Vital statistics of India. Vol. IV, Annual returns from 1871 to 1876. British Army of India, Native Army and jails of Bengal
Year: 1871
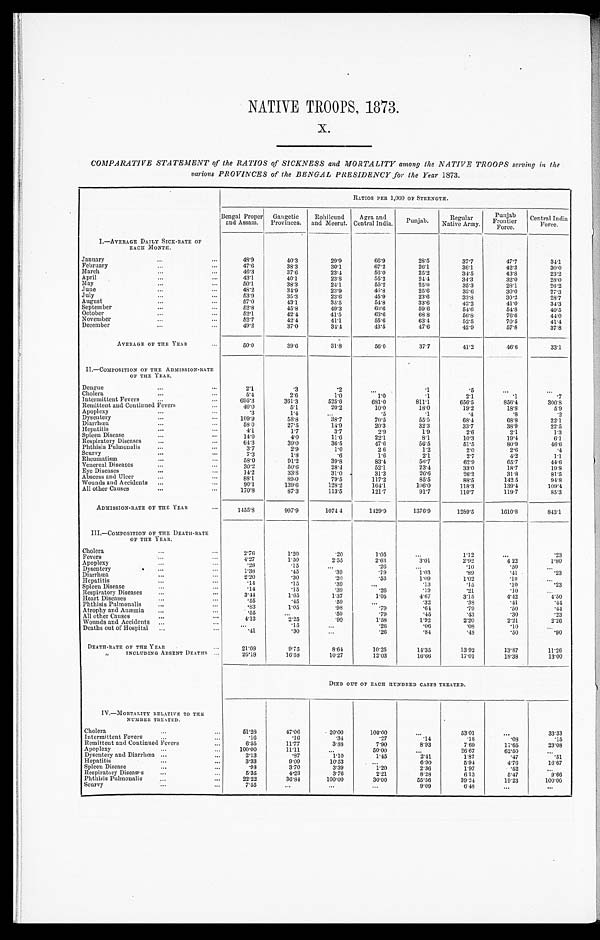
NATIVE TROOPS, 1873.
X.
COMPARATIVE STATEMENT of the RATIOS of SICKNESS and MORTALITY among the NATIVE TROOPS serving in the
various PROVINCES of the BENGAL PRESIDENCY for the Year 1873.
RATIOS PER 1,000 OF STRENGTH.
Bengal Proper
and Assam.
Gangetic
Provinces.
Rohilcund
and Meerut.
Agra and
Central India.
Punjab.
Regular
Native Army.
Punjab
Frontier Force.
Central India
Force.
I.— AVERAGE DAILY SICK-RATE OF
EACH MONTH.
January . . .
48.9
40.3
29.9
66.9
28.5
37.7
47.7
34.1
February . . .
47.6
38.3
30.1
67.2
26.1
36.1
42.3
30.0
March . . .
46.3
37.6
23.4
56.0
25.2
34.5
43.8
23.2
April . . .
43.1
40.1
23. 8
55.2
24.4
34.3
32.0
28.0
May . . .
50.1
38.3
24.1
55.2
25. 0
35.3
28.1
26.2
June . . .
48.2
34.9
23.9
46.8
25.6
33.6
30.0
27.3
July . . .
53.9
35. 3
23.6
45.9
23.6
33.8
30.2
2 8 . 7
August . . .
57.0
43.1
35.5
54.8
33.6
42.2
41.0
34.3
September . . .
52.8
45.8
49.3
60.6
59.6
54.6
54.8
40.5
October . . .
52.1
42.4
41.5
63.6
68.8
56.8
76.6
4 4 . 0
November . . .
52.7
42.4
41.1
55.6
63.4
52.5
70.5
41.4
December . . .
49.2
37.0
34. 4
43.5
47.6
42.9
57.8
37.8
AVERAGE OF THE YEAR . . .
50.0
39.6
31.8
56.0
37.7
41.2
46.6
33.1
II.—COMPOSITION OF THE ADMISSION-RATE
OF THE YEAR.
Dengue . . .
2.1
.3
.2
. . .
.1
.5
. . .
. . .
Cholera . . .
5.4
2.6
1 . 0
1.0
.1
2.1
.1
. 7
Intermittent Fevers . . .
695.3
361.3
525.6
681.0
811.1
656.5
856.4
3 0 0 . 8
Remittent and Continued Fevers . . .
40.0
5.1
20.2
10.0
18.0
19.2
18.8
5 . 9
Apoplexy . . .
.3
1.4
. . .
.5
.1
.4
.8
.2
Dysentery . . .
109.9
58.8
38. 7
70.5
55.5
68.4
68.8
22.1
Diarrhœa . . .
58.0
27.5
14.9
20.3
32.3
33.7
38. 9
22.5
Hepatitis . . .
4.1
1.7
3.7
2.9
1.9
2.6
2.1
1.3
Spleen Disease . . .
14.0
4.0
11.6
22.1
8.1
10.3
19.4
6.1
Respiratory Diseases. . . .
6 4 . 3
39.0
36.5
47.6
56.5
51.5
80.9
4 6 . 6
Phthisis Pulmonalis . . .
3.7
2.9
1.0
2.6
1.2
2.0
2.6
.4
Scurvy . . .
7.3
1 . 8
.6
1.6
2.1
2.7
4.2
1.1
Rheumatism . . .
58.0
91.2
39.8
83.4
56.7
62.9
65.7
44.6
Venereal Diseases . . .
30.2
50.6
28.4
52.1
23.4
33.0
18.7
19.8
Eye Diseases . . .
14.2
33. 8
31.0
31.3
26.6
26.2
31.8
81.5
Abscess and Ulcer . . .
88.1
89.0
79.5
117.2
85.5
88.5
142.5
9 4 . 8
Wounds and Accidents . . .
90.1
139.6
128.2
164.1
106.0
118.3
139.4
109.4
All other Causes . . .
170.8
87.3
113.5
121.7
91.7
110.7
119.7
85.3
ADMISSION-RATE OF THE YEAR . . .
1455.8
997.9
1074.4
1429.9
1376.9
1289.5
1610.8
843.1
III.—COMPOSITION OF THE DEATH-RATE
OF THE YEAR.
Cholera . . .
2.76
1.20
.20
1.05
. . .
1.12
. . .
.23
Fevers . . .
4.27
1.50
2.55
2.63
3.01
2.92
4 . 2 2
1.80
Apoplexy . . .
.28
. 1 5
. . .
.26
. . .
.10
.50
. . .
Dysentery . . .
1.38
.45
. 3 9
.79
1.03
.89
.41
. 2 3
Diarrhœa . . .
2.20
.30
.20
.53
1.09
1.02
. 1 0
. . .
Hepatitis . . .
. 1 4
.15
.39
. . .
.13
.15
.10
. 2 3
Spleen Disease . . .
. 14
.15
.39
. 2 6
.19
.21
.10
. . .
R e s p i r a t o r y D i s e a s e s . . .
3.44
1.65
1.37
1.05
4.67
3.15
4.42
4.50
Heart Diseases . . .
.55
.45
. 59
. . .
.32
.38
.41
. 4 4
Phthisis Pulmonalis . . .
. 8 3
1.05
.98
. 7 9
.64
.79
.50
.44
Atrophy and Anæmia . . .
.55
. . .
.59
. 7 9
.45
.43
.30
. 2 3
All other Causes . . .
4. 13
2.25
.99
1.58
1.92
2.20
2.21
2.26
Wounds and Accidents . . .
. . .
. 1 5
. . .
.26
.06
.08
. 1 0
. . .
Deaths out of Hospital . . .
. 4 1
.30
. . .
. 26
.84
. 4 8
.50
.90
DEATH-RATE OF THE YEAR . . .
21.08
9.75
8. 64
10.25
14.35
13.92
13.87
11.26
" INCLUDING ABSENT DEATHS . . .
26.18
16.58
10.27
12.03
16.66
17.01
18.38
13.00
DIED OUT OF EACH HUNDRED CASES TREATED.
IV.—MORTALITY RELATIVE TO THE
NUMBER TREATED.
Cholera . . .
51.28
47.06
20.00
100.00
. . .
53.01
. . .
33.33
Intermittent Fevers . . .
.16
. 1 6
.34
.27
.14
. 1 8
.08
.15
Remittent and Continued Fevers . . .
6.55
11.77
3.88
7.90
8. 93
7.69
17.65
2 3 . 0 8
Apoplexy . . .
100.00
11.11
. . .
50.00
. . .
26.67
62.50
. . .
Dysentery and Diarrhœa . . .
2.13
.87
1.10
1.45
2.41
1.87
.47
.51
Hepatitis . . .
3.33
9.09
10.53
. . .
6.90
5.94
4.76
16.67
Spleen Disease . . .
. 98
3.70
3.39
1.20
2.36
1.97
.52
. . .
Respiratory Diseases . . .
5.35
4. 23
3.76
2.21
8.28
6.13
5.47
9.66
Phthisis Pulmonalis . . .
22.22
36.84
100.00
30.00
55.56
39.24
19.23
100.00
Scurvy . . .
7.55
. . .
. . .
. . .
9.09
6.48
. . .
. . .